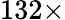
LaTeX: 132\times